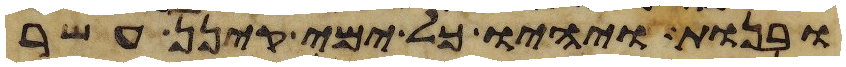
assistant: ובנות ויהיו כל ימי קינן עשר